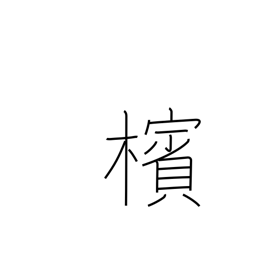
Meaning: betel-nut palm